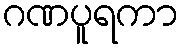
ဂဏပူရကာ